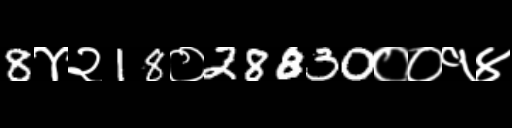
Text: 8४२18०28830००१४